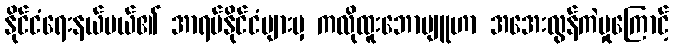
နိုင်ငံရေးနယ်ပယ်၏ အာရပ်နိုင်ငံများမှ ကလိုထူးဘောဗျူဟာ အအေးလွန်ကဲမှုကြောင့်